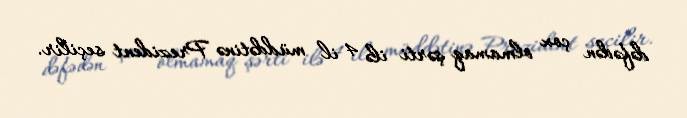
dəfədən çox olmamaq şərti ilə 4 il müddətinə Prezident seçilir.